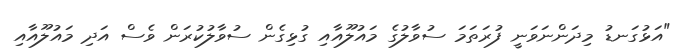
"އަޅުގަނޑު މިދަންނަވަނީ ފުރަތަމަ ސުވާލުގެ މައުލޫއާއި ގުޅިގެން ސުވާލުކުރަން ވެސް އަދި މައުލޫއާއި